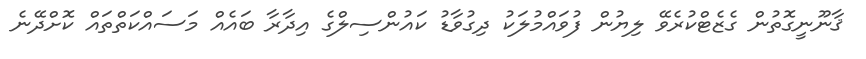
ޤާނޫނީގޮތުން ގެޒެޓްކުރެވޭ ލިޔުން ފުވައްމުލަކު ދިގުވާޑު ކައުންސިލްގެ އިދާރާ ބައެއް މަސައްކަތްތައް ކޮށްދޭނެ